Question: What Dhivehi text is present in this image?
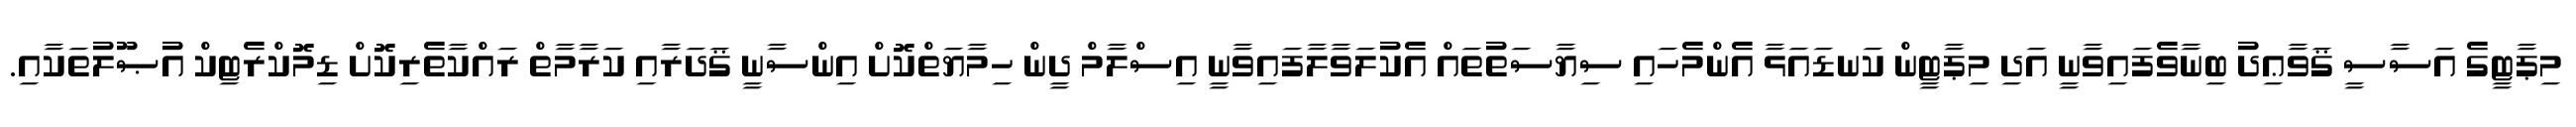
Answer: މިޕާޓީގެ އަސާސީ ޤަވާޢިދު ބިނާވެފައިވާނީ އަދި މިޕާޓީން ކަނޑައަޅާ އެންމެހައި ސިޔާސަތުތައް އެކުލަވާލާފައިވާނީ އިސްލާމް ދީން ހިމާޔަތްކޮށް އިންސާނީ ޤަދަރާއި ކަރާމާތް ރައްކާތެރިކޮށް ޑިމޮކްރެޓިކް އުޞޫލުތަކާއި.